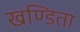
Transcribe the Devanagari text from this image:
खण्डिता